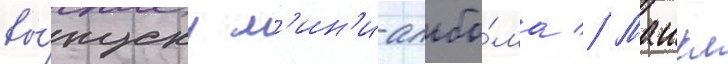
вы́пуску м'ин'и-альбо́ма // Маикл